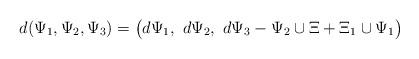
LaTeX: \begin{align*}d(\Psi_1,\Psi_2,\Psi_3)=\big(d\Psi_1,\ d\Psi_2,\ d\Psi_3-\Psi_2\cup \Xi+\Xi_1\cup \Psi_1\big)\end{align*}